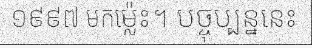
១៩៩៧ មកម្ល៉េះ។ បច្ចុប្បន្ននេះ